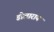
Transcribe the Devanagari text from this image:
डोलाराय